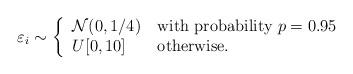
LaTeX: \begin{align*}\varepsilon_i \sim \left\{\begin{tabular}{ll}$\mathcal{N}(0,1/4)$ & with probability $p=0.95$ \\$U[0, 10]$ & otherwise.\end{tabular}\right.\end{align*}